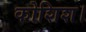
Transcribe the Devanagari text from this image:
कोशिश।